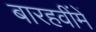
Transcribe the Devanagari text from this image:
बारहवींमें